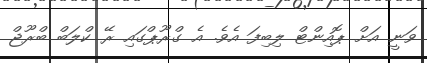
ވަނީ އަށް ޕޮއިންޓް ލިބިފަ އެވެ. އެ ގްރޫޕްގައި ރޭ ކްލަބް ބްރޫޖް